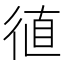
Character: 徝